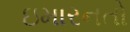
ઇમારનતો